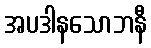
အပဒါနသောဘနီ